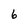
Character: 6